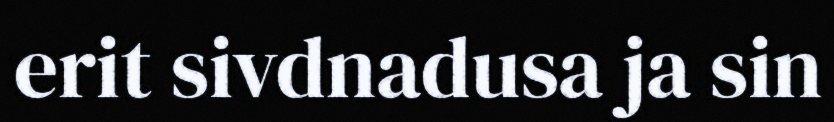
erit sivdnadusa ja sin